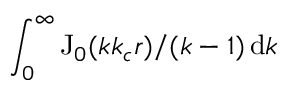
\int _ { 0 } ^ { \infty } \mathrm { J } _ { 0 } ( k k _ { c } r ) / ( k - 1 ) \, \mathrm { d } k